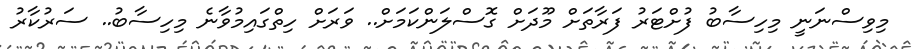
މިވިސްނަނީ މިހިސާބު ފުށްޓަރު ފަރާތަށް މޫދަށް ގޮސްލަންކަމަށް.. ވަރަށް ހިތްގައިމުވާނެ މިހިސާބު.. ސަރުކާރު